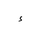
Letter: _hamza